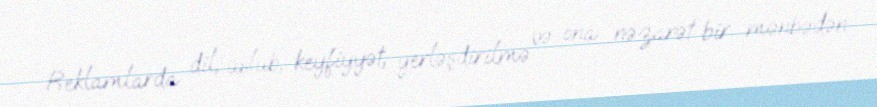
Reklamlarda dil, üslub, keyfiyyət, yerləşdirilmə və ona nəzarət bir mənbədən